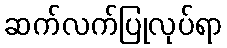
ဆက်လက်ပြုလုပ်ရာ